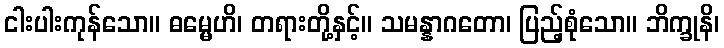
ငါးပါးကုန်သော။ ဓမ္မေဟိ၊ တရားတို့နှင့်။ သမန္နာဂတော၊ ပြည့်စုံသော။ ဘိက္ခုနိ၊